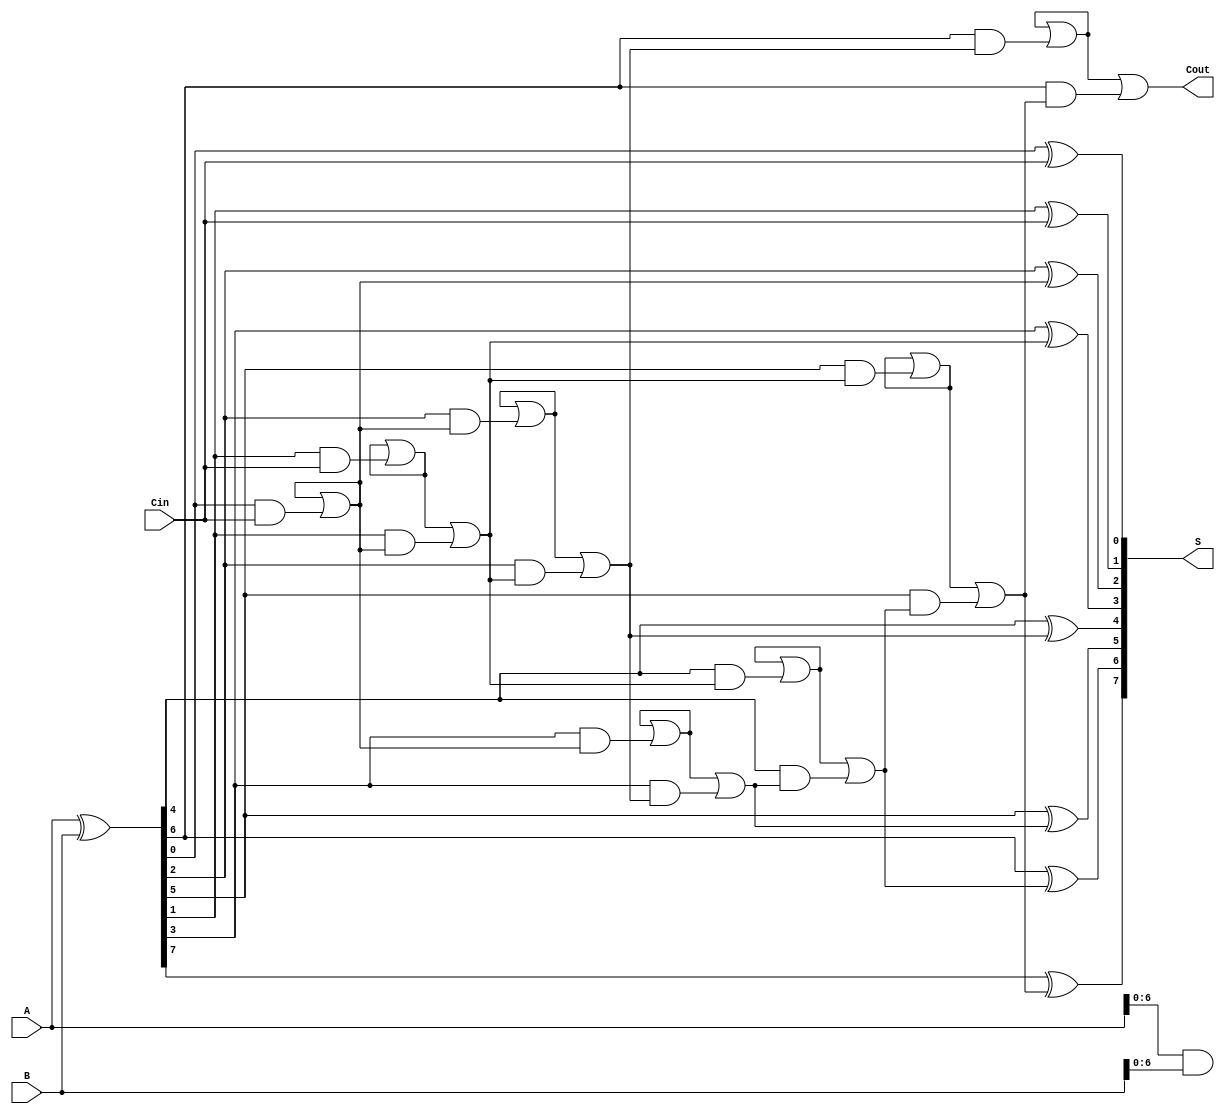
module brent_kung_adder #(parameter n = 8) (
    input [n-1:0] A,
    input [n-1:0] B,
    input Cin,
    output [n-1:0] S,
    output Cout
);

    // Generate and Propagate signals
    wire [n-1:0] G; // Generate
    wire [n-1:0] P; // Propagate
    wire [n:0] C;   // Carry signals (C[0] = Cin)

    // Calculate Generate and Propagate signals
    assign G = A & B;
    assign P = A ^ B;

    // Initialize carry
    assign C[0] = Cin;

    // First stage of the prefix tree
    genvar i;
    generate
        for (i = 0; i < n/2; i = i + 1) begin : first_stage
            assign G[2*i] = G[2*i] | (P[2*i] & C[i]);
            assign P[2*i] = P[2*i]; // P remains unchanged
            assign G[2*i + 1] = G[2*i + 1] | (P[2*i + 1] & C[i]);
            assign P[2*i + 1] = P[2*i + 1]; // P remains unchanged
        end
    endgenerate

    // Second stage of the prefix tree
    generate
        for (i = 1; i < n; i = i + 1) begin : second_stage
            assign C[i] = G[i-1] | (P[i-1] & C[i-1]);
        end
    endgenerate

    // Calculate the sum
    generate
        for (i = 0; i < n; i = i + 1) begin : sum_calculation
            if (i == 0) begin
                assign S[i] = P[i] ^ C[0]; // For the least significant bit
            end else begin
                assign S[i] = P[i] ^ C[i-1]; // For subsequent bits
            end
        end
    endgenerate

    // Final carry-out
    assign Cout = C[n-1];

endmodule